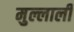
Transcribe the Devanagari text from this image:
मुल्लाली